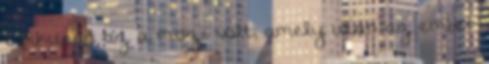
tipikusan az a mozi volt, amely után az ember